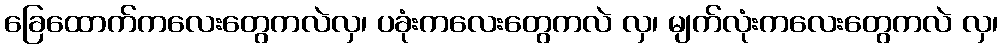
ခြေထောက်ကလေးတွေကလဲလှ၊ ပခုံးကလေးတွေကလဲ လှ၊ မျက်လုံးကလေးတွေကလဲ လှ၊